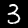
Digit: 3